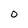
Character: 0